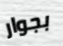
بجوار